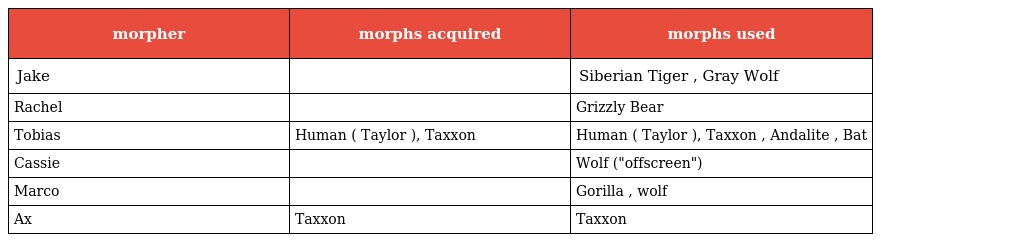
| morpher | morphs acquired | morphs used |
 | --- | --- | --- |
 | Jake |  | Siberian Tiger , Gray Wolf |
 | Rachel |  | Grizzly Bear |
 | Tobias | Human ( Taylor ), Taxxon | Human ( Taylor ), Taxxon , Andalite , Bat |
 | Cassie |  | Wolf ("offscreen") |
 | Marco |  | Gorilla , wolf |
 | Ax | Taxxon | Taxxon |